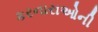
કરનારાઓની